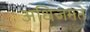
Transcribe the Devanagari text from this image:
अधिजगत